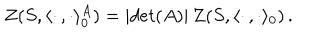
Z ( S , \langle \cdot \, , \cdot \rangle _ { 0 } ^ { A } ) = | d e t ( A ) | \, Z ( S , \langle \cdot \, , \cdot \rangle _ { 0 } ) \, .